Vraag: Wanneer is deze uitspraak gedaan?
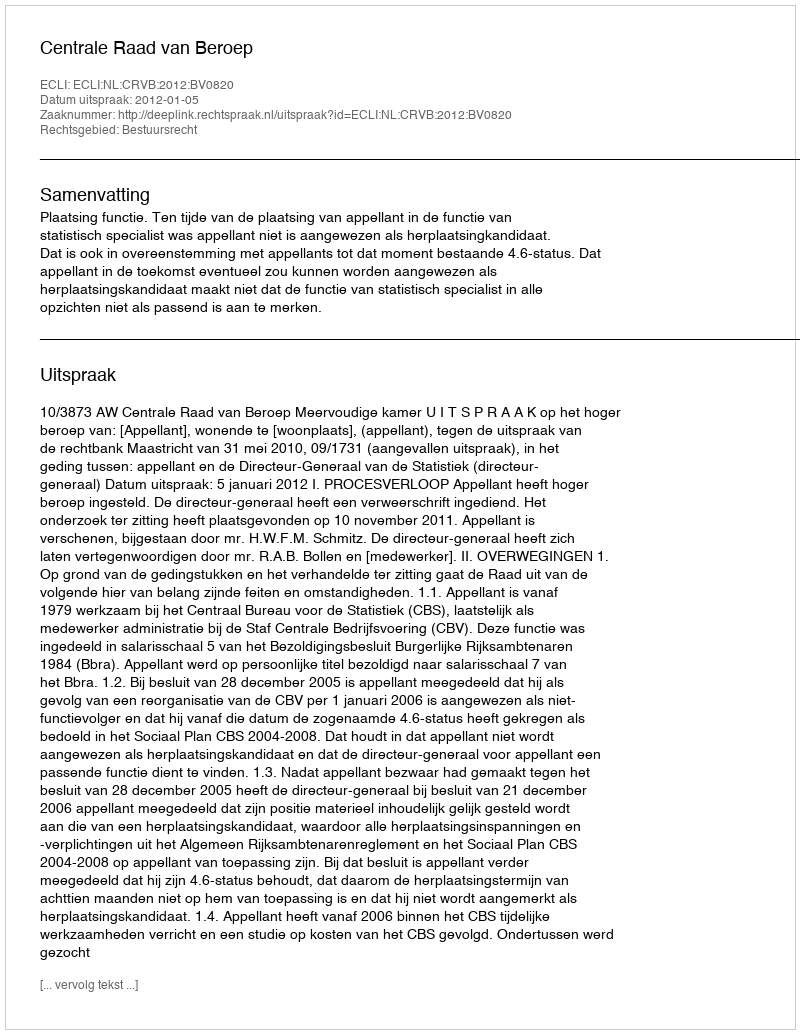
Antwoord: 2012-01-05